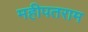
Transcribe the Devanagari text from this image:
महीपतराम